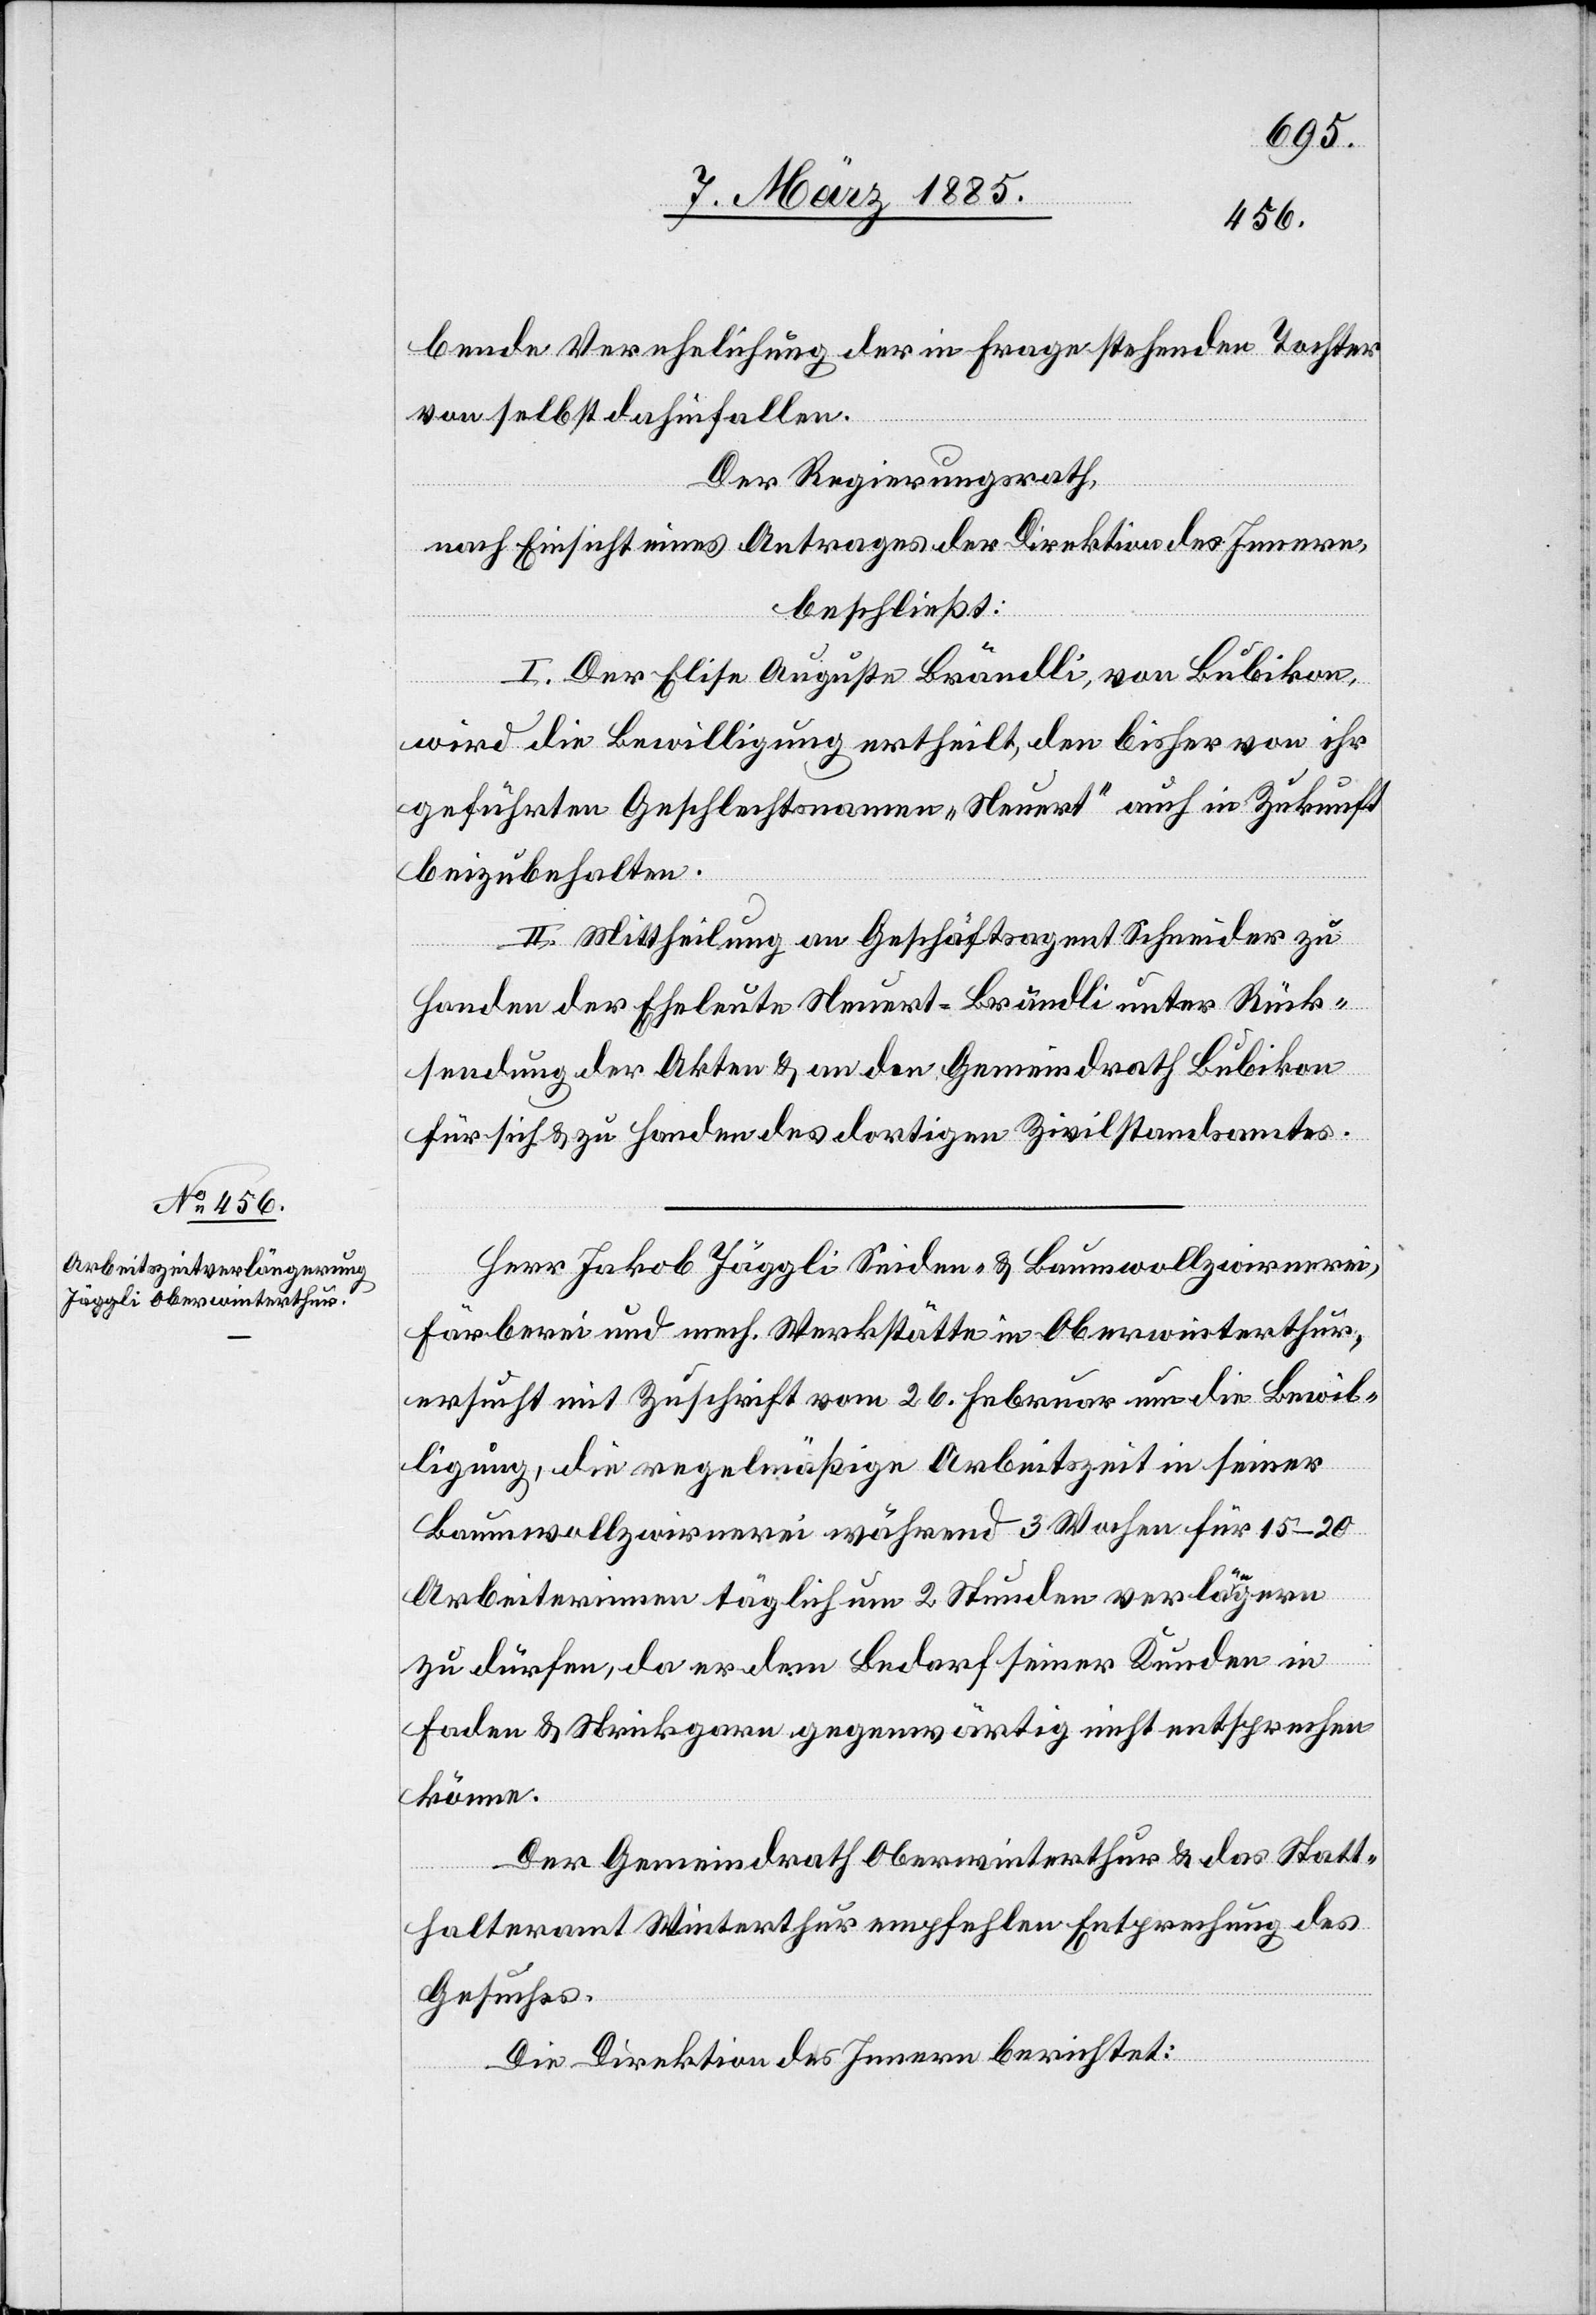
bende Verehelichung der in Frage stehenden Tochter
von selbst dahinfallen.
Der Regierungsrath,
nach Einsicht eines Antrages der Direktion des Innern,
beschließt:
I. Der Elise Auguste Brändli, von Bubikon,
wird die Bewilligung ertheilt, den bisher von ihr
geführten Geschlechtsnamen „Neuert“ auch in Zukunft
beizubehalten.
II. Mittheilung an Geschäftsagent Schneider zu
Handen der Eheleute Neuert-Brändli unter Rück¬
sendung der Akten & an den Gemeindrath Bubikon
für sich & zu Handen des dortigen Zivilstandsamtes.
Herr Jakob Jäggli Seiden- & Baumwollzwirnerei,
Färberei und mech. Werkstätte in Oberwinterthur,
ersucht mit Zuschrift vom 26. Februar um die Bewil¬
ligung, die regelmäßige Arbeitszeit in seiner
Baumwollzwirnerei während 3 Wochen für 15–20
Arbeiterinnen täglich um 2 Stunden verlängern
zu dürfen, da er dem Bedarf seiner Kunden in
Faden & Strickgarn gegenwärtig nicht entsprechen
könne.
Der Gemeindrath Oberwinterthur & das Statt¬
halteramt Winterthur empfehlen Entsprechung des
Gesuches.
Die Direktion des Innern berichtet: